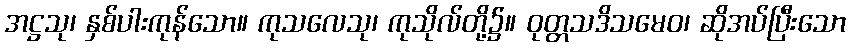
အဋ္ဌသု၊ နှစ်ပါးကုန်သော။ ကုသလေသု၊ ကုသိုလ်တို့၌။ ဝုတ္တသဒိသမေဝ၊ ဆိုအပ်ပြီးသော